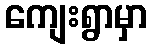
ကျေးရွာမှာ